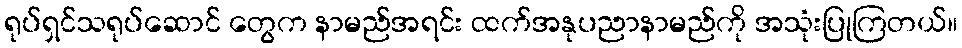
ရုပ်ရှင်သရုပ်ဆောင် တွေက နာမည်အရင်း ထက်အနုပညာနာမည်ကို အသုံးပြုကြတယ်။